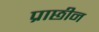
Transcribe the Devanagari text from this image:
प्राछीन